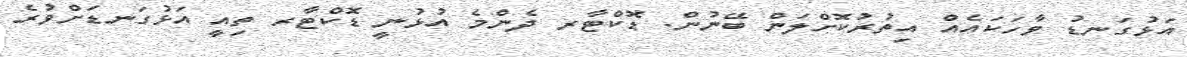
އަޅުގަނޑު ވާހަކައެއް އިތުރުކޮށްލަން ބޭނުން. ޑޮކްޓާރ ދެންމެ އުޅުނީ ޑޮކްޓާރ ތިއީ އަޅުގަނޑަށްވުރެ